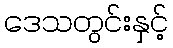
ဒေသတွင်းနှင့်